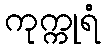
ကုက္ကုရံ